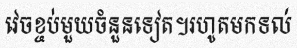
វេចខ្ចប់មួយចំនួនទៀត។រហូតមកទល់